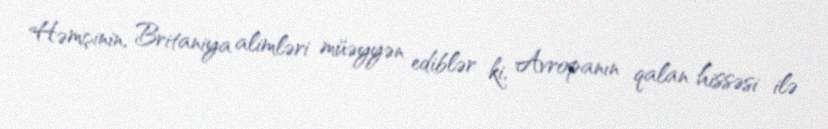
Həmçinin, Britaniya alimləri müəyyən ediblər ki, Avropanın qalan hissəsi ilə